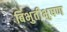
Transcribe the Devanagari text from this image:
बिभुतीभुषण